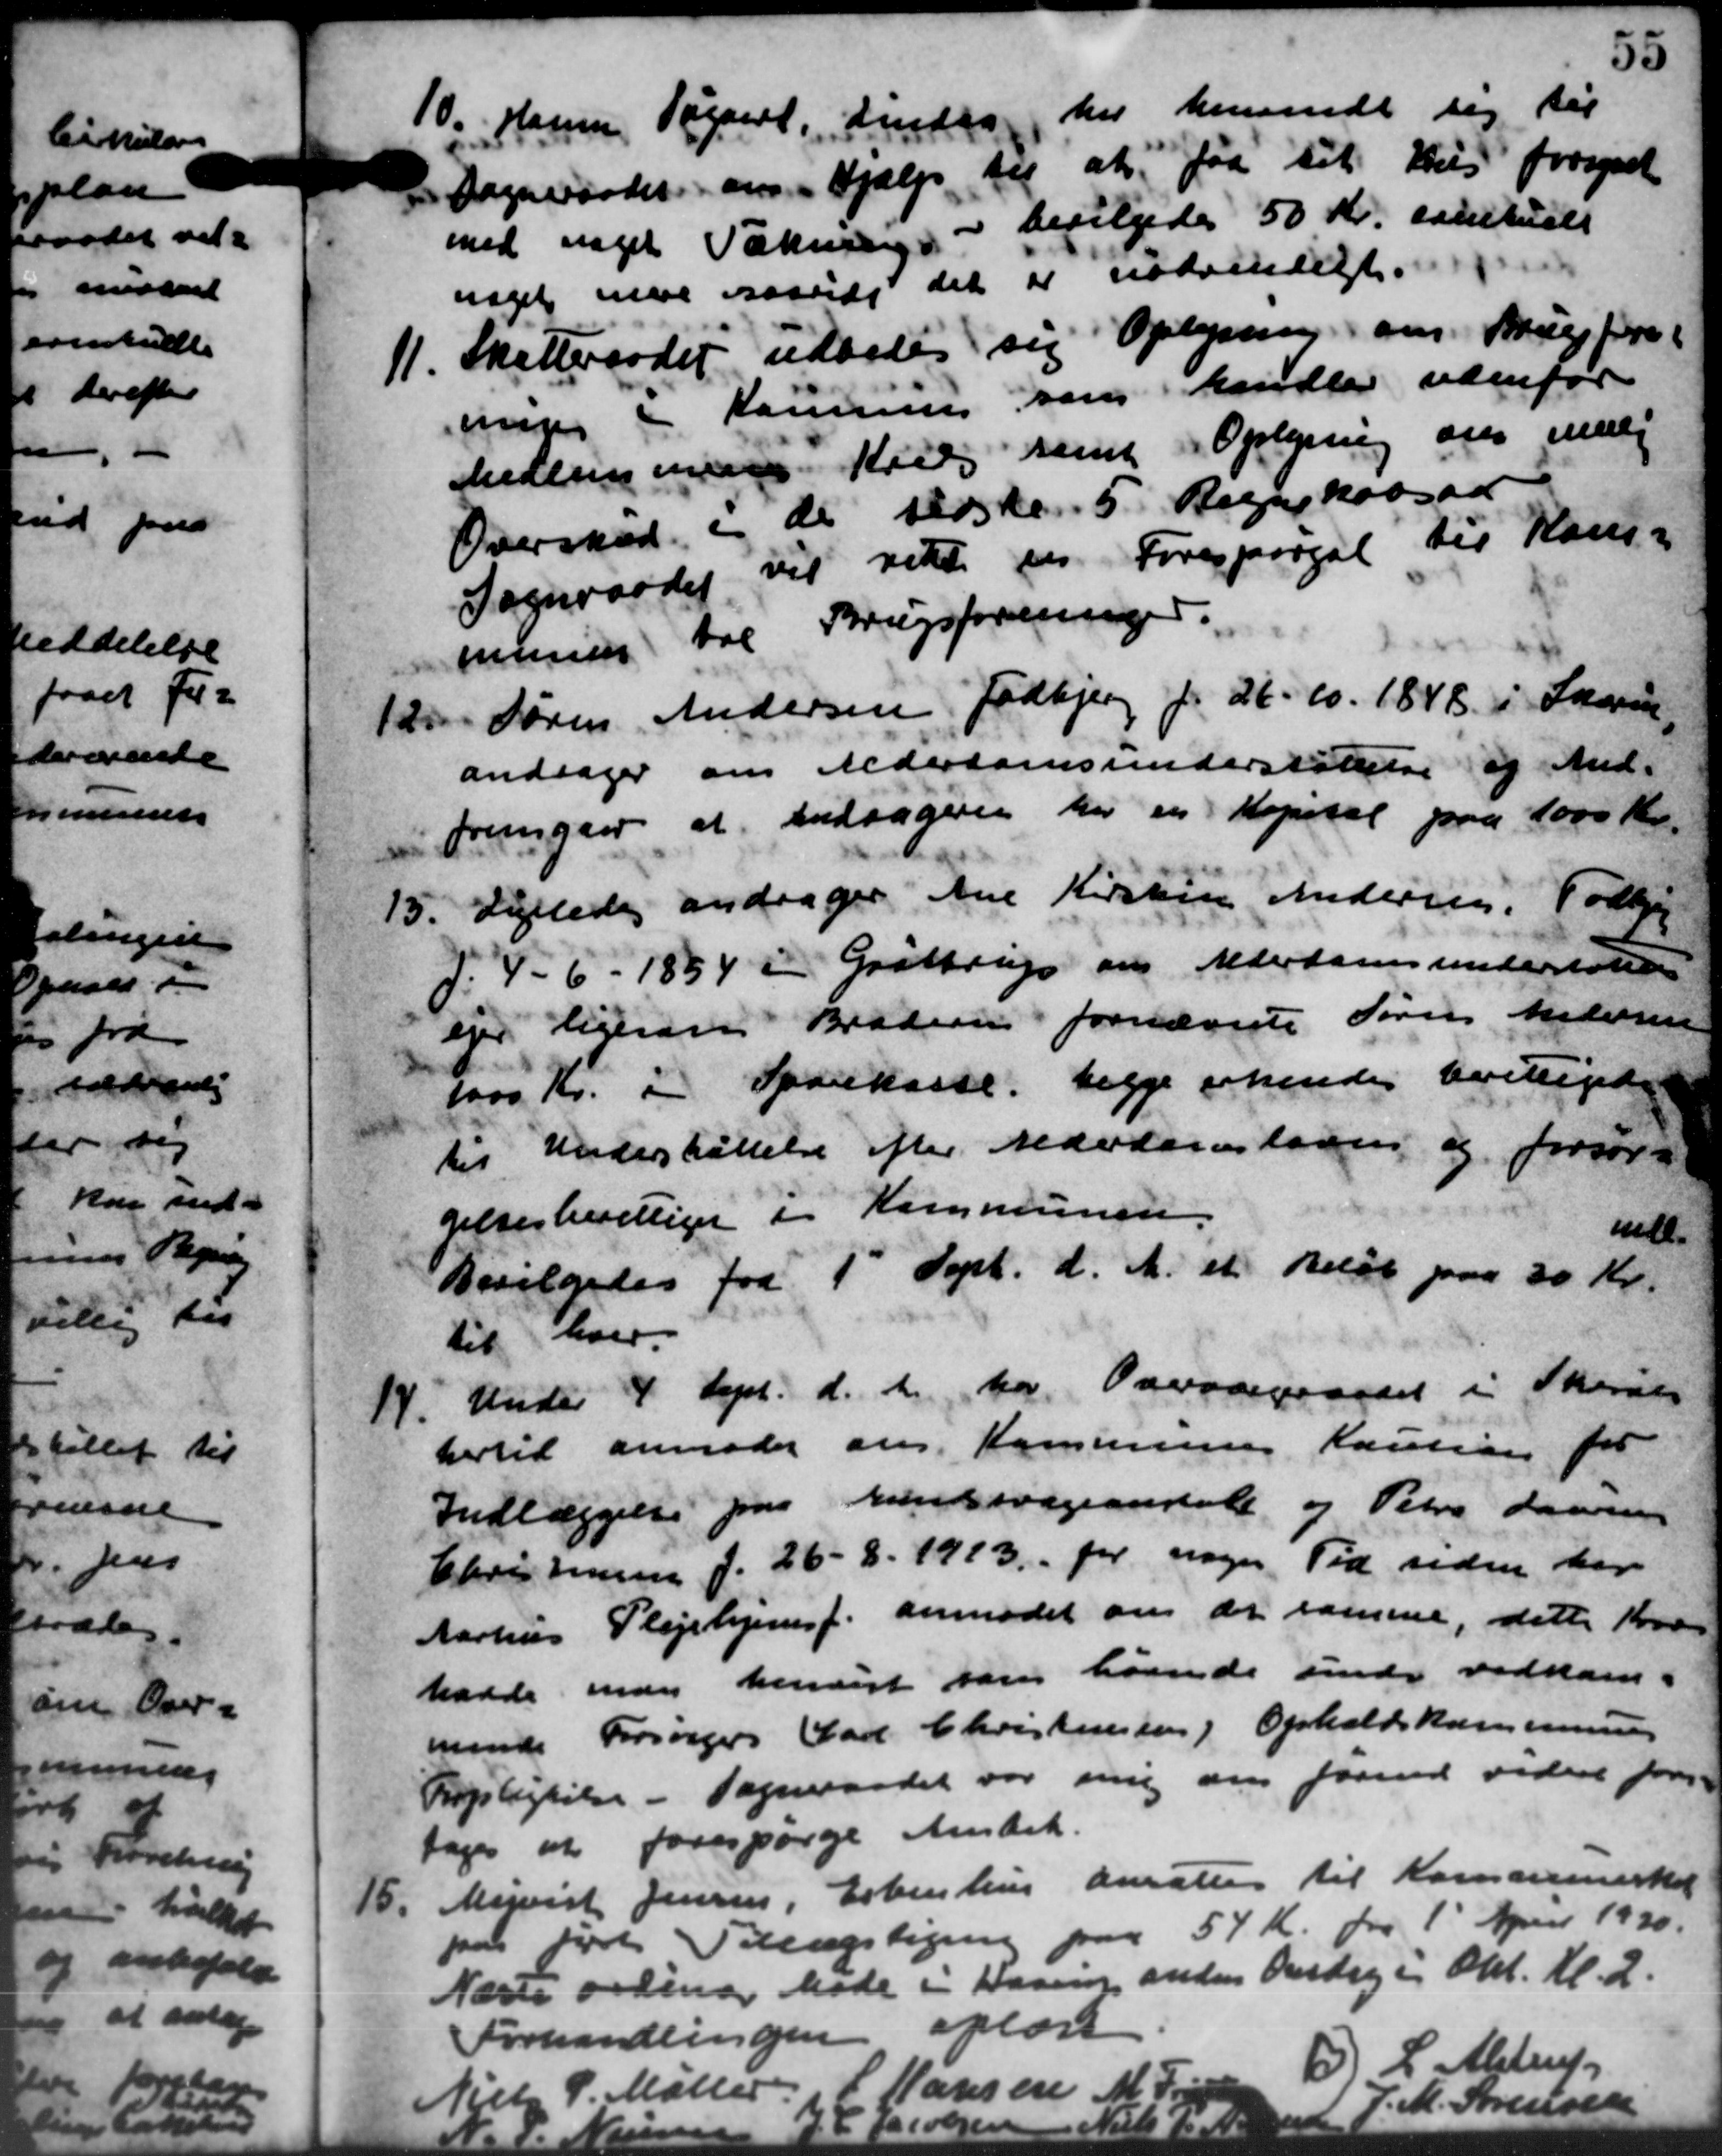
Transskription:
10.
Hansen, Tegnet. Linden har henvendt sig til
2. Sogneraadet om Hjælp til at faa til Hus forsynet
med noget Tækning - bevilgedes 50 Kr. samtidet
noget mere Passede det er nødvendigt.
11.
Skatteraadet udbedes sig Oplysning om Brug fore
enger i Kommune som handler udenfor
Medlemmer Hjelp samt Oplysning om muli
Oversked i de tidste 5 Regnskabsaar
Sogneraadet vil vidt en Forespørgsel til Kom-
munen til Brugsforeninger
12. Søren Andersen Todbjerg f. 26 - 10. 1848 i Sagen
12. Søren Andersen Todbjerg f. 26 - 10. 1848 i Sagen
andrager om Alderdomsunderstøttelse af And-
fremgaar at andragere har en Kapital paa 1000 Kr.
15. Lillede andrager Ane Kirstin Andersen, Todbjer
15. Lillede andrager Ane Kirstin Andersen, Todbjer
d. 4 - 6 - 1854 i Grøttrup om Alderdomsunderstøttel
ejer ligeren Bradering fornævnte Søren Andersen
1000 Kr. i Sparekasse, begge erkendes berettigede
til Understøttelse efter Alderdomstaden og forsør-
gelsesberettiget i Kommunen.
ide.
Bevilgedes fra 1' Sept. d. A. et Beløb paa 30 Kr.
til hver.
14. Under 4 Sept. d. A. har Overværgeraadet i Skarves
14. Under 4 Sept. d. A. har Overværgeraadet i Skarves
hertil anmoder ans Kommunes Kaution for
Indlæggelse paa Kundsvageanstalt og Peters Larsen
Christensen f. 26 - 8. 1913. for nogen Tid siden her.
Aarhus Plejehjemsf. anmodet om de samme, dette Kvar
havde man henvist han havde sende vedkom i
mende Forsørgers Gad Christenssen) Opholdskommunens
Topligtelse - Sogneraadet var mig om forind videre for
tages at forespørge Amtet.
15.
Minist Jensen, Esbenhus ansættes til Kommuneskat
i først Tillægsligen paa 57 Kr. fra 1' April 1930.
Næste ordinær Møde i Kanning anden Onsdag i Okt. Kl. 2.
Forhandlingen oplæst.
Niels P. Møller
Hansen M
O L. Alstrup

e
Vils
J. M. Sørensen